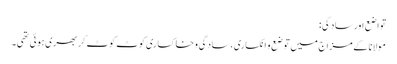
تواضع اور سادگی:
مولانا کے مزاج میں توضع و انکساری، سادگی و خاکساری کوٹ کوٹ کر بھری ہوئی تھی۔